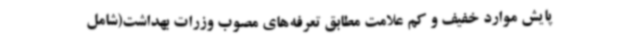
پایش موارد خفیف و کم علامت مطابق تعرفه‌های مصوب وزرات بهداشت(شامل